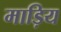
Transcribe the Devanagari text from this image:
माड़िय